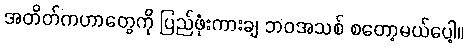
အတိတ်ကဟာတွေကို ပြည်ဖုံးကားချ ဘဝအသစ် စတော့မယ်ပေါ့။